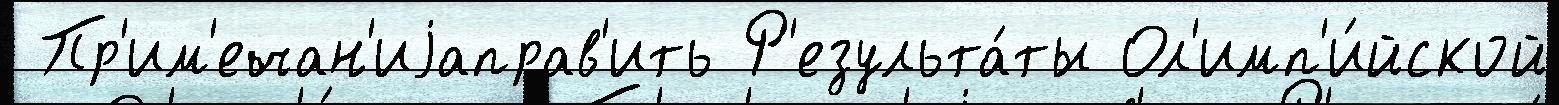
 Пр'им'ечан'иjаправ'ить Р'езульта́ты Ол'имп'и́йской